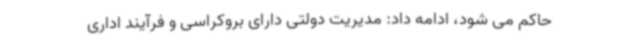
حاکم می شود، ادامه داد: مدیریت دولتی دارای بروکراسی و فرآیند اداری